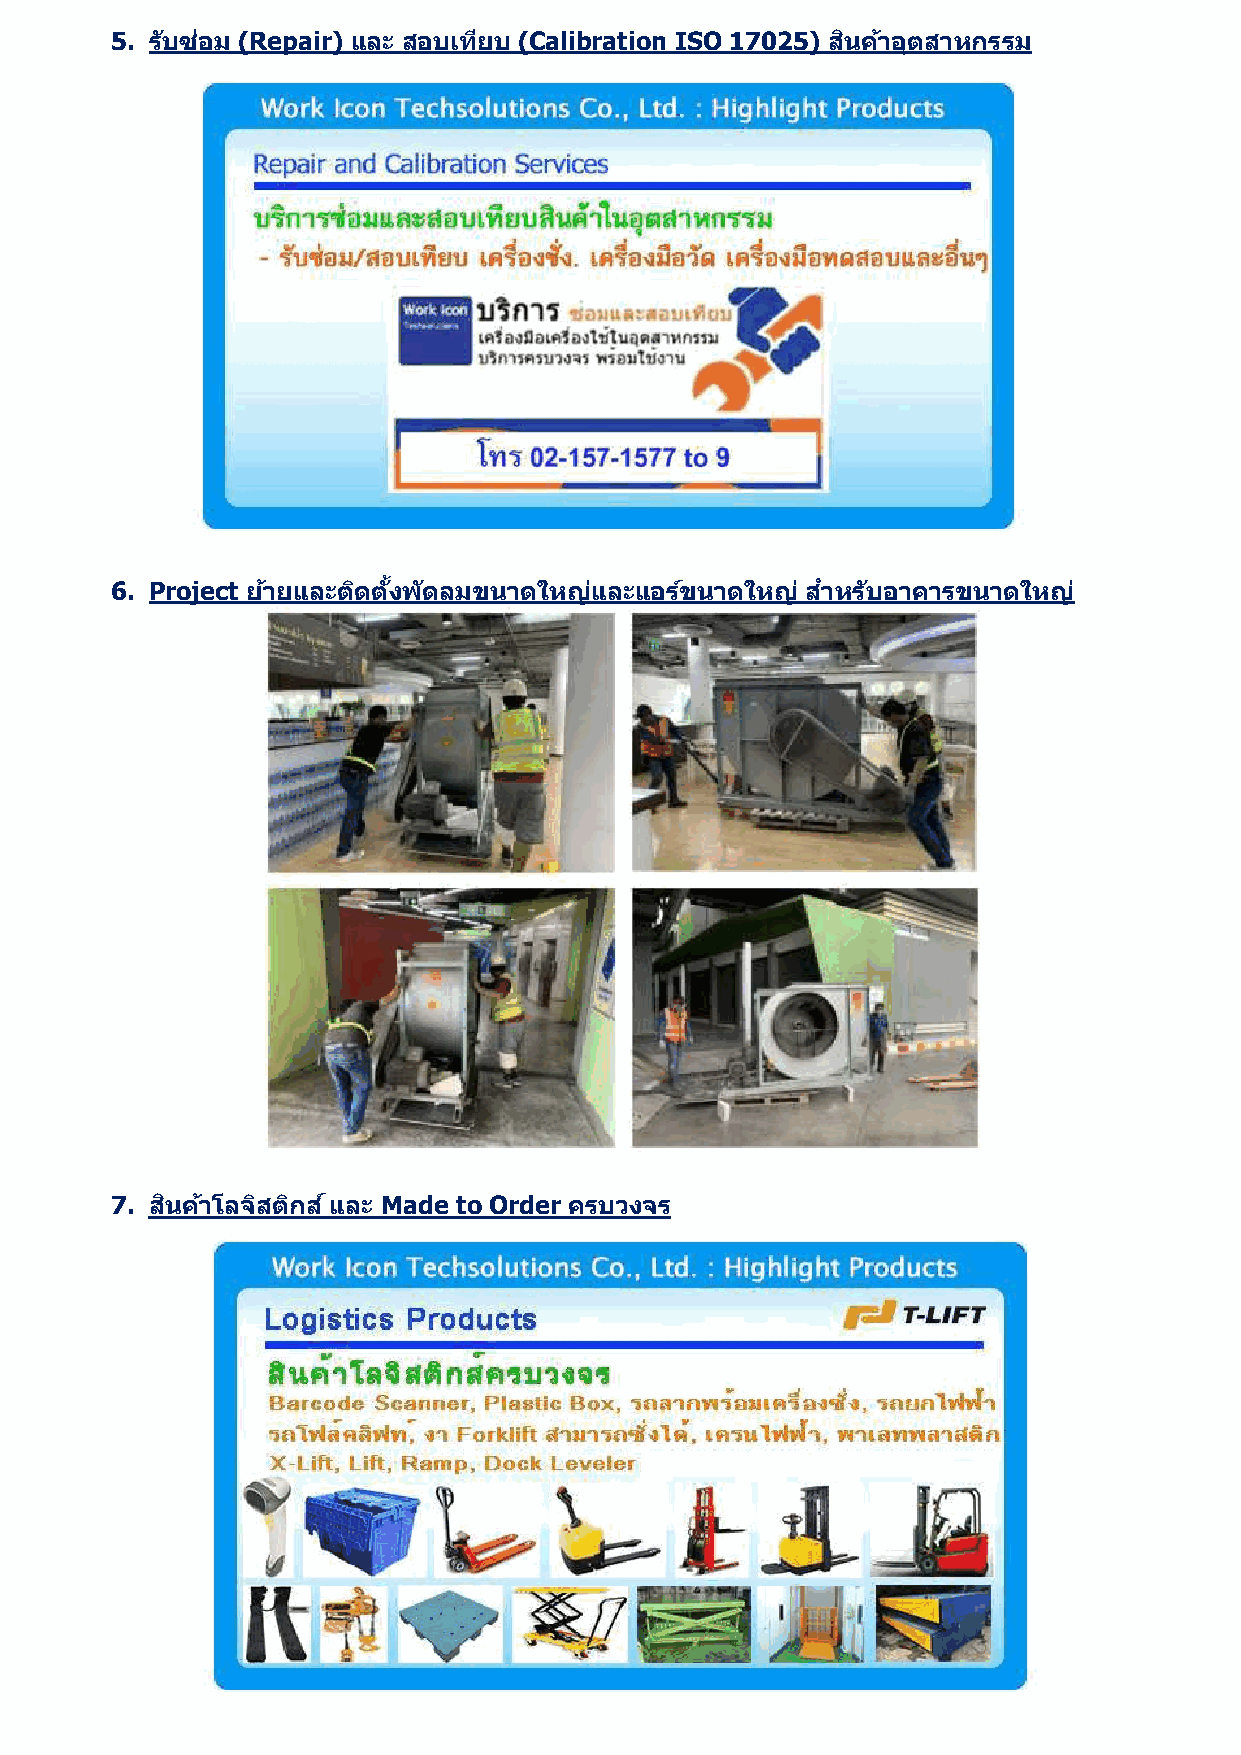
5. รบั ซอ่ ม (Repair) และ สอบเทยี บ (Calibration ISO 17025) สนิ คำ้ อตุ สำหกรรม
 6. Project ยำ้ ยและตดิ ตงั้ พดั ลมขนำดใหญแ่ ละแอรข์ นำดใหญ ่ สำ หรบั อำคำรขนำดใหญ ่
 7. สนิ คำ้ โลจสิ ตกิ ส ์และ Made to Order ครบวงจร